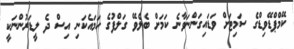
ކޭމްޕްޑޭވިޑްގެ ސަމިޓަށް ވަޑައިގަންނަވާނެ ކަމަށް ބެލެވޭ ގަލްފުގެ ހަމައެކަނި އިސް ދެ ލީޑަރުންނަކީ